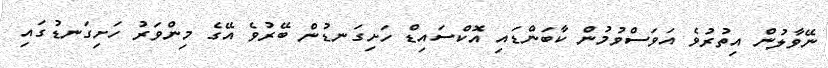
ނޭވާލުން އިތުރުވެ އަވަސްވުމުން ކާބަންޑައި އޮކްސައިޑް ހަށިގަނޑުން ބޭރުވެ އޭގެ މިންވަރު ހަށިގަނޑުގައި